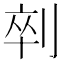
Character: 𱐟